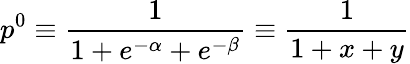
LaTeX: p^{0}\equiv\frac{1}{1+e^{-\alpha}+e^{-\beta}}\equiv\frac{1}{1+x+y}